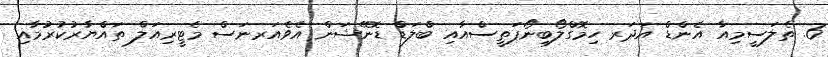
6. ތެލަސީމިއާ އެންޑް އަދަރ ހިމޮގްލޯބިނޯޕަތީސްއާއި ބްލަޑް ޑޮނޭޝަން އެވެއަރނަސް މެޓީރިއަލް ތައްޔާރުކުރުމާއި